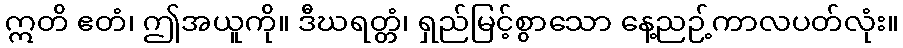
ဣတိ ဧတံ၊ ဤအယူကို။ ဒီဃရတ္တံ၊ ရှည်မြင့်စွာသော နေ့ညဉ့်ကာလပတ်လုံး။